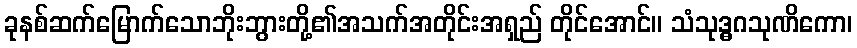
ခုနစ်ဆက်မြောက်သောဘိုးဘွားတို့၏အသက်အတိုင်းအရှည် တိုင်အောင်။ သံသုဒ္ဓဂသုဏိကော၊